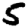
Digit: 5